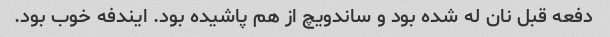
دفعه قبل نان له شده بود و ساندویچ از هم پاشیده بود. ایندفه خوب بود.